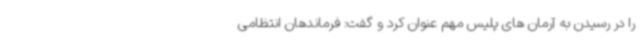
را در رسیدن به آرمان های پلیس مهم عنوان کرد و گفت: فرماندهان انتظامی